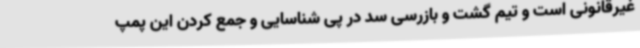
غیرقانونی است و تیم گشت و بازرسی سد در پی شناسایی و جمع کردن این پمپ